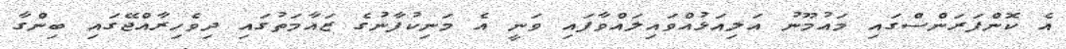
އެ ކޮންފަރަންސްގައި މައުމޫނު އަލިއަޅުއްވައިލައްވާފައި ވަނީ އެ މަނިކުފާނުގެ ޒައާމަތުގައި ދިވެހިރާއްޖޭގައި ބިންގާ